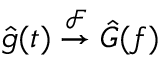
\hat { g } ( t ) \overset { \mathcal { F } } { \rightarrow } \hat { G } ( f )